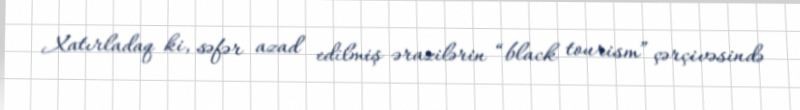
Xatırladaq ki, səfər azad edilmiş ərazilərin “black tourism” çərçivəsində